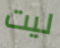
ليت